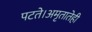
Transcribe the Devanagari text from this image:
पटते।अमृतातेही